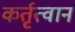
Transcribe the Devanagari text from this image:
कर्तृत्वान